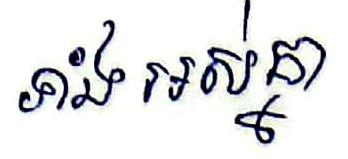
ទាំងអស់គ្នា